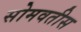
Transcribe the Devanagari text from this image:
सोमवतीस